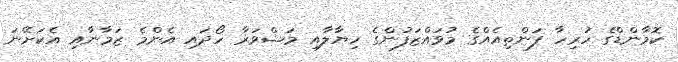
ކޮމާންޑްގެ ހުރިހާ ފަންތިއެއްގެ މުވައްޒަފުންގެ ހިޔާލާއި މަޝްވަރާ ހޯދައި އެންމެ ޒަމާނާއި އެކަށޭނަ